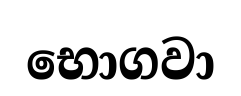
භොගවා